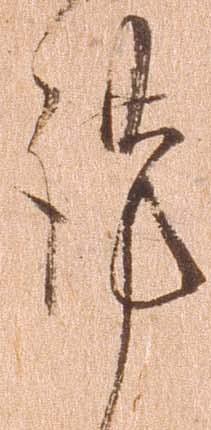
謹